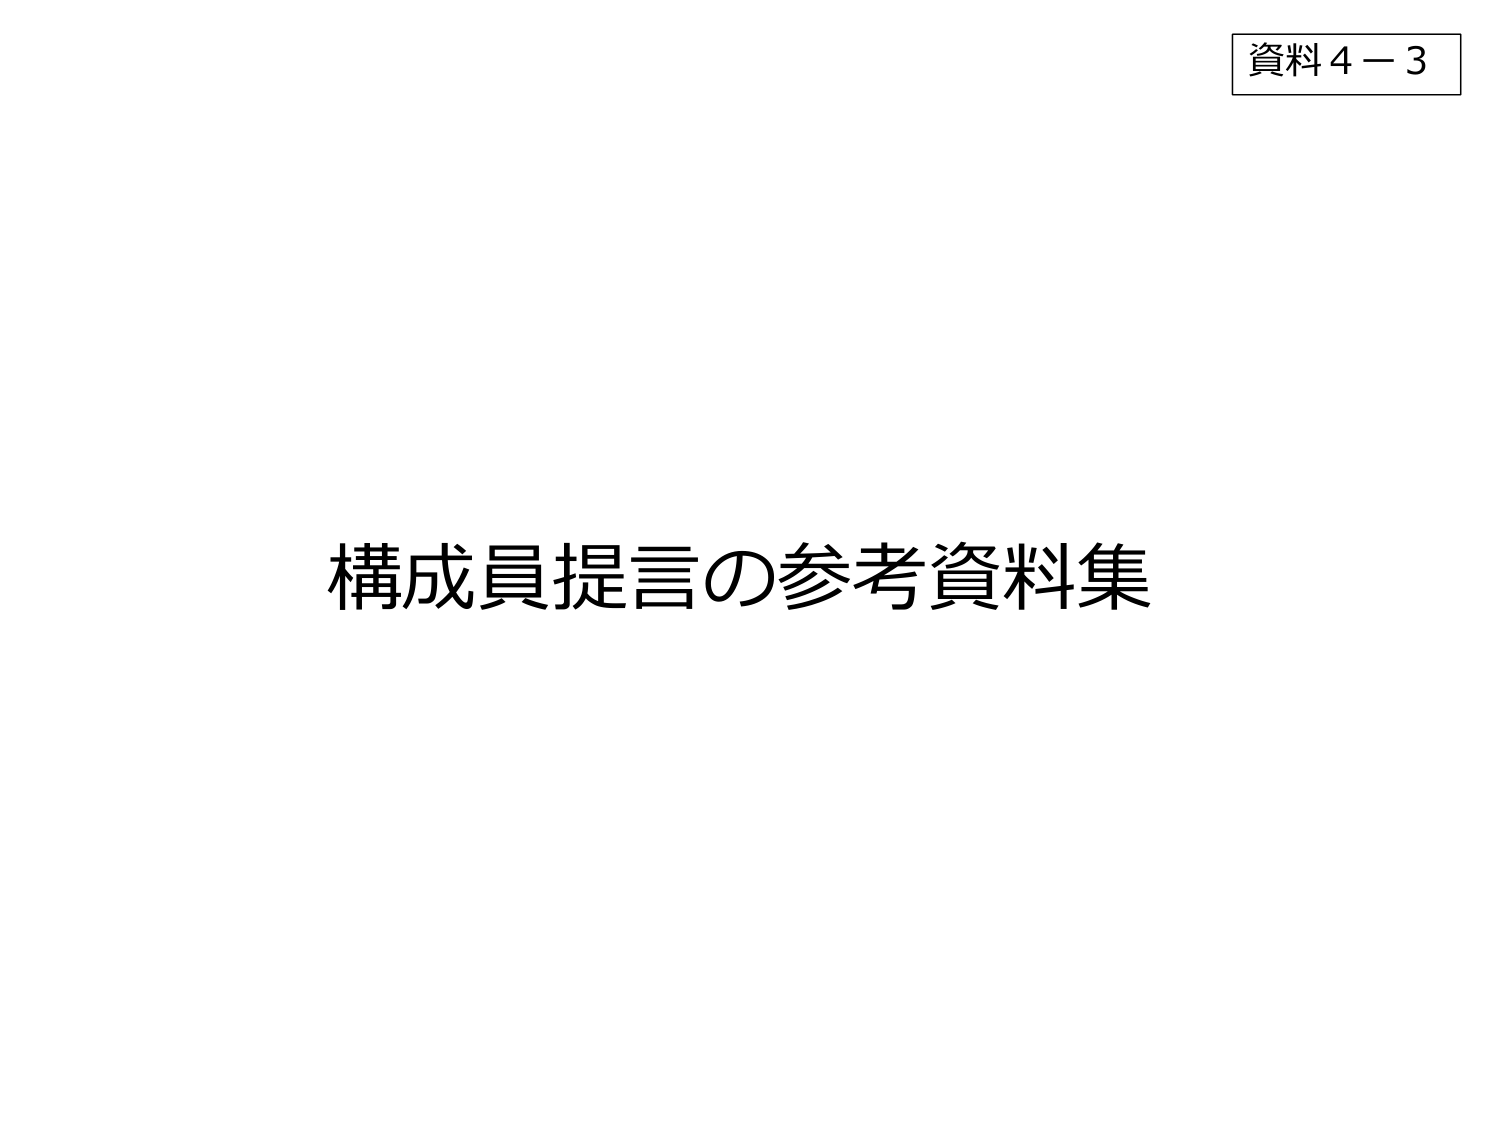
資料4－3

構成員提言の参考資料集